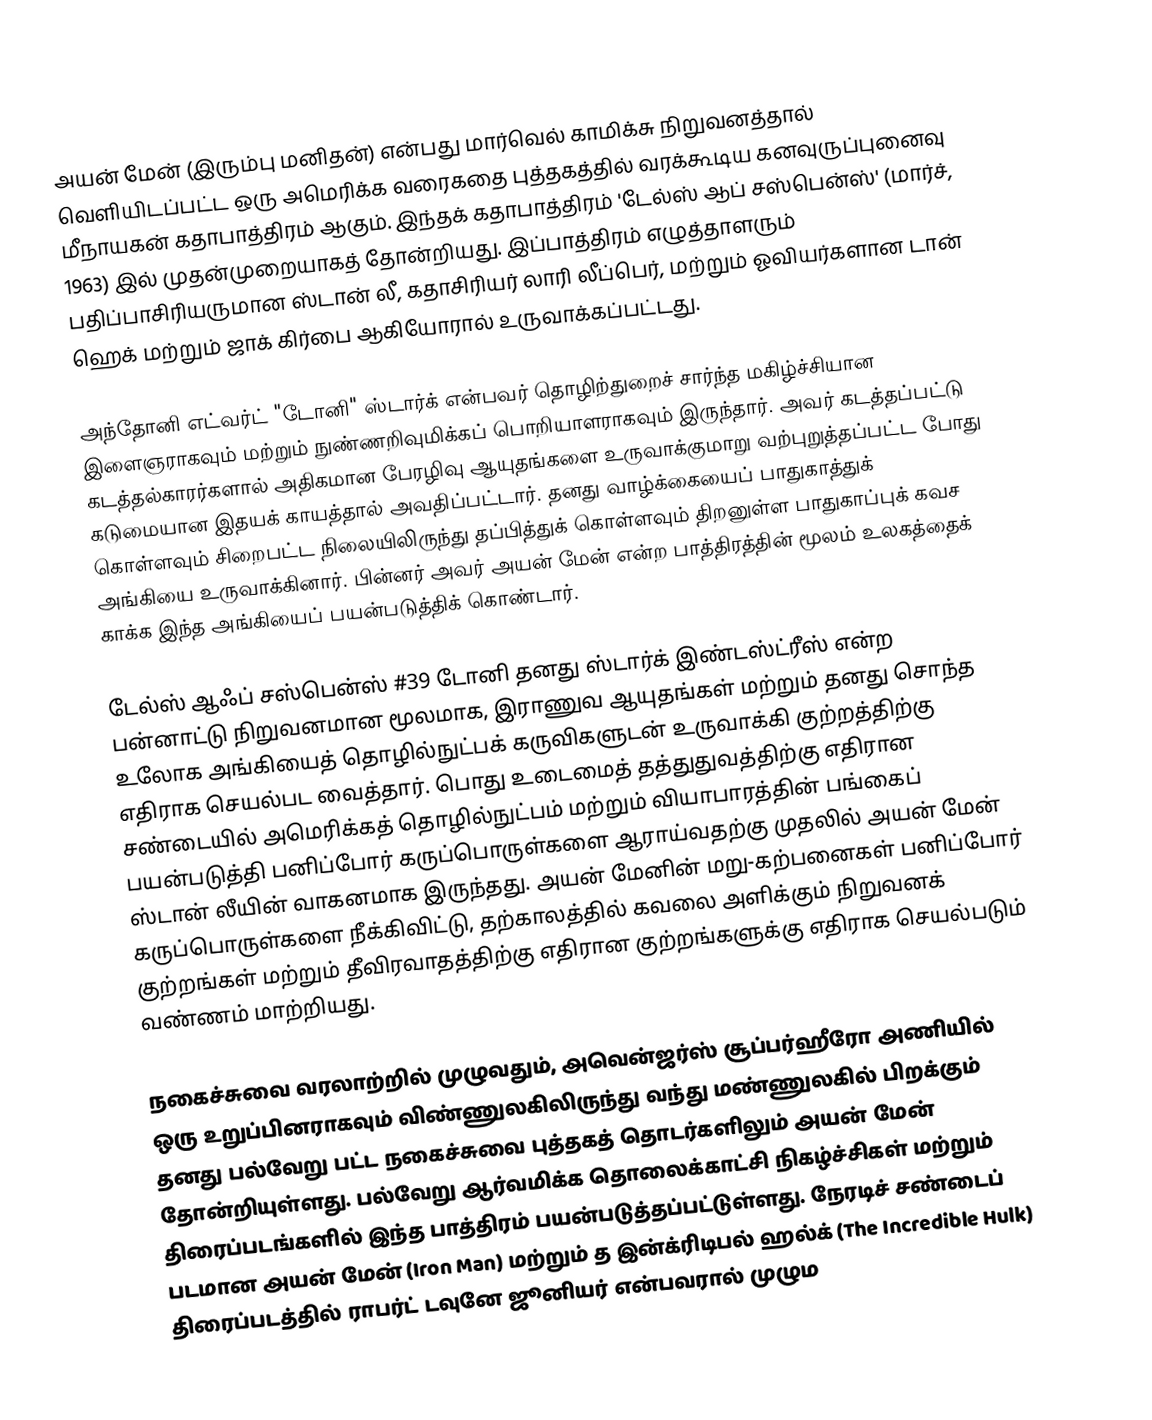
அயன் மேன் (இரும்பு மனிதன்) என்பது மார்வெல் காமிக்சு நிறுவனத்தால் வெளியிடப்பட்ட ஒரு அமெரிக்க வரைகதை புத்தகத்தில் வரக்கூடிய கனவுருப்புனைவு மீநாயகன் கதாபாத்திரம் ஆகும். இந்தக் கதாபாத்திரம் 'டேல்ஸ் ஆப் சஸ்பென்ஸ்' (மார்ச், 1963) இல் முதன்முறையாகத் தோன்றியது. இப்பாத்திரம் எழுத்தாளரும் பதிப்பாசிரியருமான ஸ்டான் லீ, கதாசிரியர் லாரி லீப்பெர், மற்றும் ஓவியர்களான டான் ஹெக் மற்றும் ஜாக் கிர்பை ஆகியோரால் உருவாக்கப்பட்டது.

அந்தோனி எட்வர்ட் "டோனி" ஸ்டார்க் என்பவர் தொழிற்துறைச் சார்ந்த மகிழ்ச்சியான இளைஞராகவும் மற்றும் நுண்ணறிவுமிக்கப் பொறியாளராகவும் இருந்தார். அவர் கடத்தப்பட்டு கடத்தல்காரர்களால் அதிகமான பேரழிவு ஆயுதங்களை உருவாக்குமாறு வற்புறுத்தப்பட்ட போது கடுமையான இதயக் காயத்தால் அவதிப்பட்டார். தனது வாழ்க்கையைப் பாதுகாத்துக் கொள்ளவும் சிறைபட்ட நிலையிலிருந்து தப்பித்துக் கொள்ளவும் திறனுள்ள பாதுகாப்புக் கவச அங்கியை உருவாக்கினார். பின்னர் அவர் அயன் மேன் என்ற பாத்திரத்தின் மூலம் உலகத்தைக் காக்க இந்த அங்கியைப் பயன்படுத்திக் கொண்டார்.

டேல்ஸ் ஆஃப் சஸ்பென்ஸ் #39 டோனி தனது ஸ்டார்க் இண்டஸ்ட்ரீஸ் என்ற பன்னாட்டு நிறுவனமான மூலமாக, இராணுவ ஆயுதங்கள் மற்றும் தனது சொந்த உலோக அங்கியைத் தொழில்நுட்பக் கருவிகளுடன் உருவாக்கி குற்றத்திற்கு எதிராக செயல்பட வைத்தார். பொது உடைமைத் தத்துதுவத்திற்கு எதிரான சண்டையில் அமெரிக்கத் தொழில்நுட்பம் மற்றும் வியாபாரத்தின் பங்கைப் பயன்படுத்தி பனிப்போர் கருப்பொருள்களை ஆராய்வதற்கு முதலில் அயன் மேன் ஸ்டான் லீயின் வாகனமாக இருந்தது. அயன் மேனின் மறு-கற்பனைகள் பனிப்போர் கருப்பொருள்களை நீக்கிவிட்டு, தற்காலத்தில் கவலை அளிக்கும் நிறுவனக் குற்றங்கள் மற்றும் தீவிரவாதத்திற்கு எதிரான குற்றங்களுக்கு எதிராக செயல்படும் வண்ணம் மாற்றியது.

நகைச்சுவை வரலாற்றில் முழுவதும், அவென்ஜர்ஸ் சூப்பர்ஹீரோ அணியில் ஒரு உறுப்பினராகவும் விண்ணுலகிலிருந்து வந்து மண்ணுலகில் பிறக்கும் தனது பல்வேறு பட்ட நகைச்சுவை புத்தகத் தொடர்களிலும் அயன் மேன் தோன்றியுள்ளது. பல்வேறு ஆர்வமிக்க தொலைக்காட்சி நிகழ்ச்சிகள் மற்றும் திரைப்படங்களில் இந்த பாத்திரம் பயன்படுத்தப்பட்டுள்ளது. நேரடிச் சண்டைப் படமான அயன் மேன் (Iron Man) மற்றும் த இன்க்ரிடிபல் ஹல்க் (The Incredible Hulk) திரைப்படத்தில் ராபர்ட் டவுனே ஜூனியர் என்பவரால் முழும